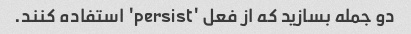
دو جمله بسازید که از فعل 'persist' استفاده کنند.